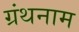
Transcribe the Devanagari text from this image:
ग्रंथनाम